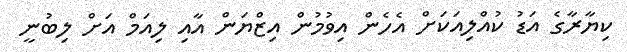
ކިޔާރާގެ އަޑު ކުއްލިއަކަށް އެހެން އިވުމުން އިޒްޔަން އާއި ލިއަމް އަށް ލިބުނީ